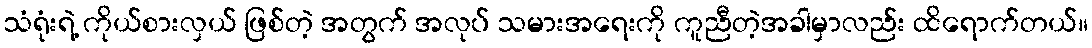
သံရုံးရဲ့ ကိုယ်စားလှယ် ဖြစ်တဲ့ အတွက် အလုပ် သမားအရေးကို ကူညီတဲ့အခါမှာလည်း ထိရောက်တယ်။